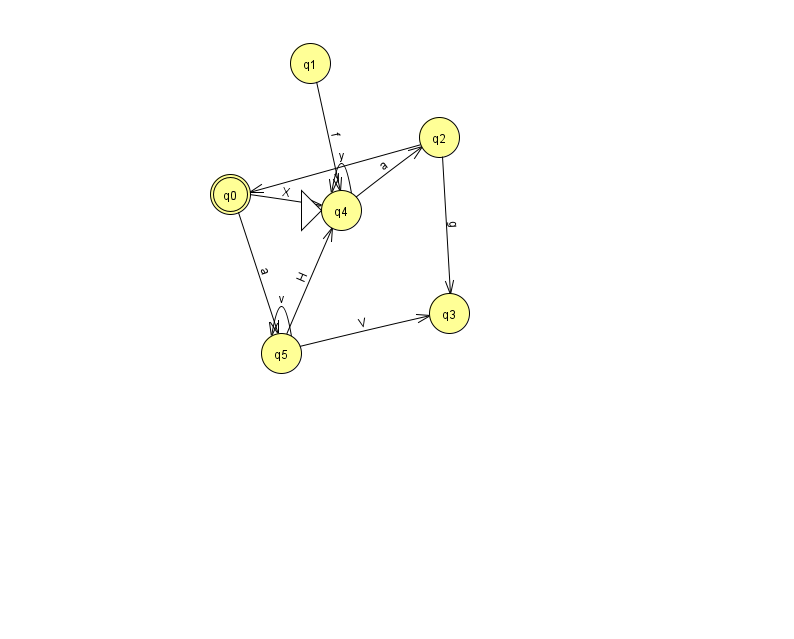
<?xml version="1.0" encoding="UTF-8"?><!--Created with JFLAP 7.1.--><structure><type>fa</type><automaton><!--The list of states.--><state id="0" name="q0"><x>230.0</x><y>181.0</y><final/></state><state id="1" name="q1"><x>310.0</x><y>50.0</y></state><state id="2" name="q2"><x>439.0</x><y>124.0</y></state><state id="3" name="q3"><x>449.0</x><y>300.0</y></state><state id="4" name="q4"><x>341.0</x><y>197.0</y><initial/></state><state id="5" name="q5"><x>281.0</x><y>340.0</y></state><!--The list of transitions.--><transition><from>1</from><to>4</to><read>f</read></transition><transition><from>2</from><to>3</to><read>g</read></transition><transition><from>0</from><to>5</to><read>a</read></transition><transition><from>4</from><to>2</to><read>a</read></transition><transition><from>5</from><to>4</to><read>H</read></transition><transition><from>2</from><to>0</to><read>y</read></transition><transition><from>0</from><to>4</to><read>X</read></transition><transition><from>5</from><to>5</to><read>v</read></transition><transition><from>4</from><to>4</to><read>y</read></transition><transition><from>5</from><to>3</to><read>V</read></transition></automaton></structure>